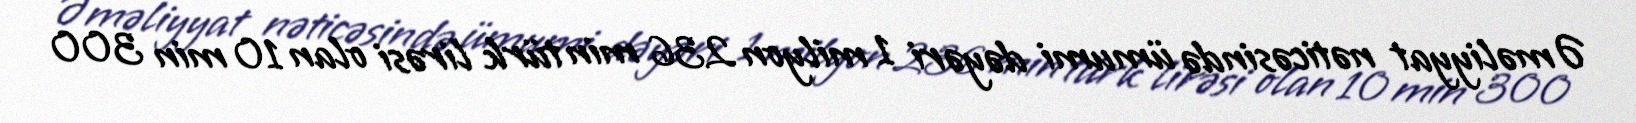
Əməliyyat nəticəsində ümumi dəyəri 1 milyon 236 min türk lirəsi olan 10 min 300